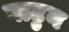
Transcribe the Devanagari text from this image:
वाटुन